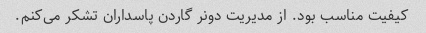
کیفیت مناسب بود. از مدیریت دونر گاردن پاسداران تشکر می‌کنم.